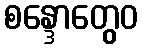
စန္ဒောတွေဝ